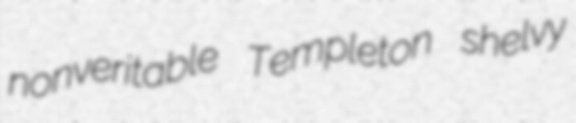
nonveritable Templeton shelvy